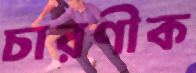
চারণীক